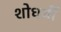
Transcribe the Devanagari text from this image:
शोधर्थी